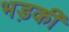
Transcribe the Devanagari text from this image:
भड़कीं